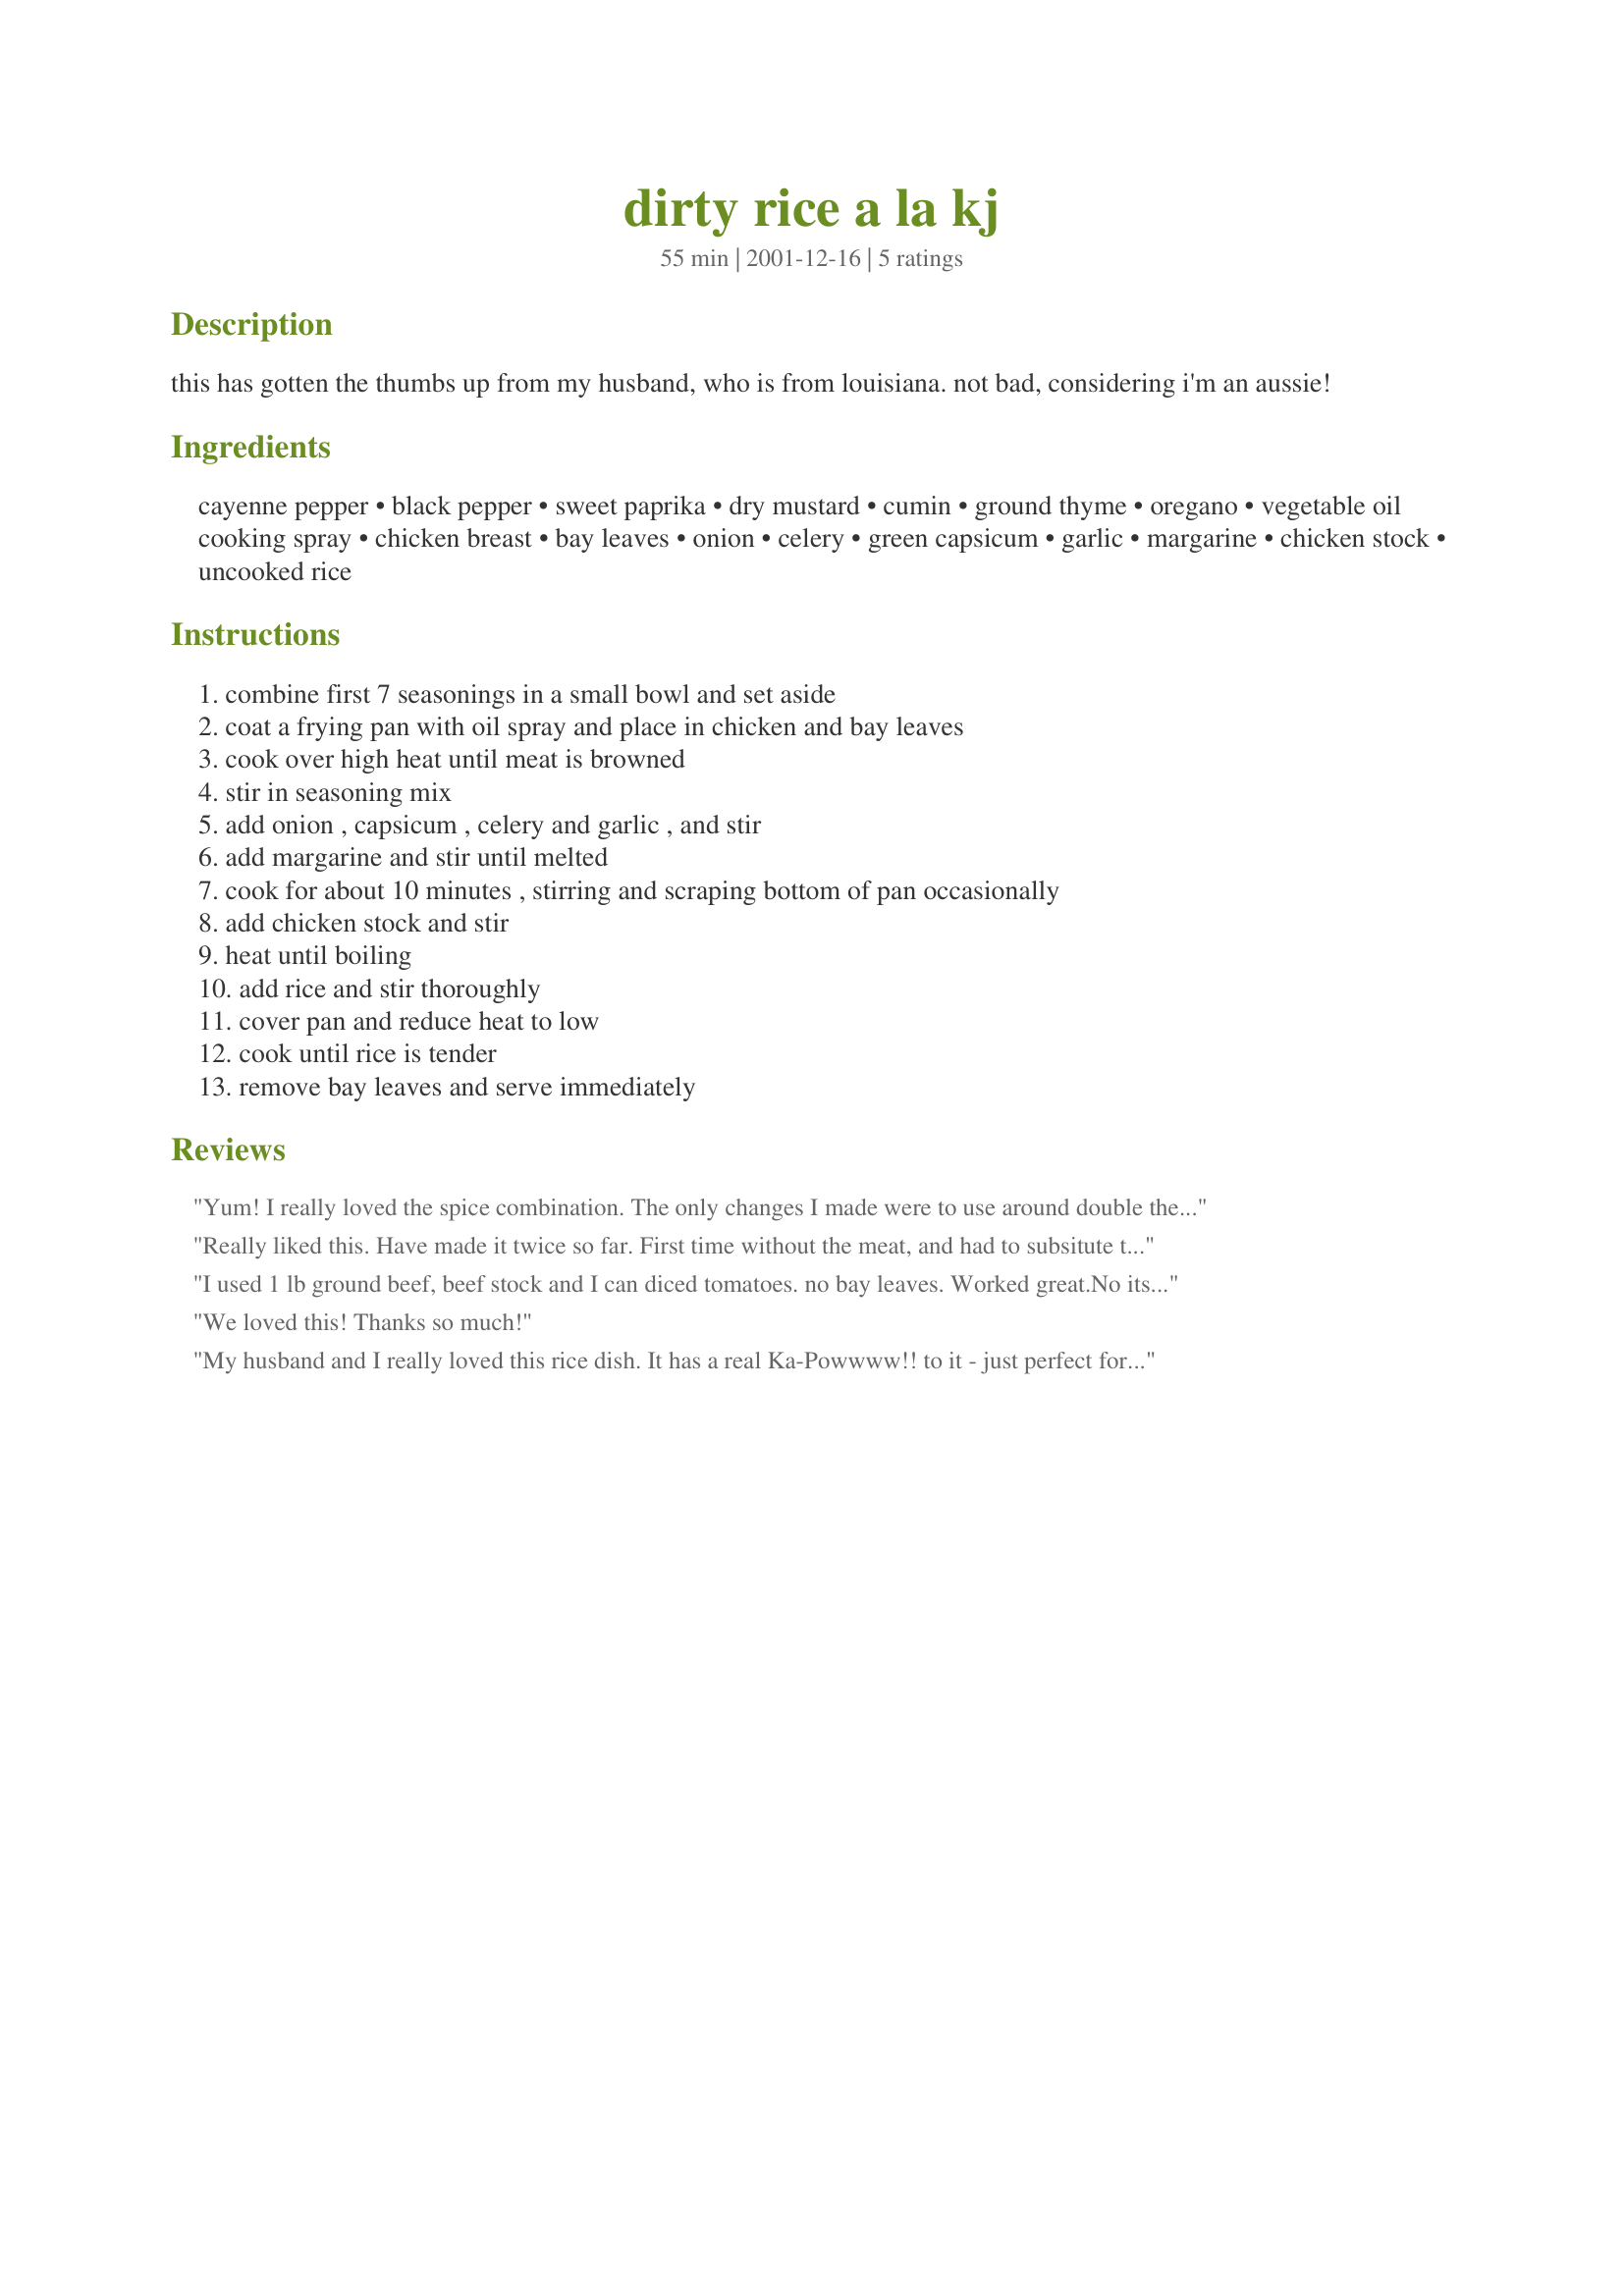
dirty rice a la kj
Preparation time: 55 minutes

this has gotten the thumbs up from my husband, who is from louisiana. not bad, considering i'm an aussie!

Ingredients:
cayenne pepper, black pepper, sweet paprika, dry mustard, cumin, ground thyme, oregano, vegetable oil cooking spray, chicken breast, bay leaves, onion, celery, green capsicum, garlic, margarine, chicken stock, uncooked rice

Steps:
combine first 7 seasonings in a small bowl and set aside, coat a frying pan with oil spray and place in chicken and bay leaves, cook over high heat until meat is browned, stir in seasoning mix, add onion , capsicum , celery and garlic , and stir, add margarine and stir until melted, cook for about 10 minutes , stirring and scraping bottom of pan occasionally, add chicken stock and stir, heat until boiling, add rice and stir thoroughly, cover pan and reduce heat to low, cook until rice is tender, remove bay leaves and serve immediately

Reviews:
Yum! I really loved the spice combination. 
The only changes I made were to use
around double the quantity of chicken in small pieces rather than diced, and used
butter rather than margarine. 

Really liked this. Have made it twice so far. First time without the meat, and had to subsitute the cayenne with chili powder and halved the quantity as was feeding a toddler, made it less spicy. Very easy to make and fed myself, hubby and toddler. Toddler is a rice addict so perfect! Have also changed veg depending on what Ihad to hand that might work! :)
I used 1 lb ground beef, beef stock and I can diced tomatoes. no bay leaves. 
Worked great.No its Eddies low down dirty rice.
We loved this! Thanks so much!
My husband and I really loved this rice dish. It has a real Ka-Powwww!! to it - just perfect for spicy food lovers. I am making this again tonight. Thank you KJ
